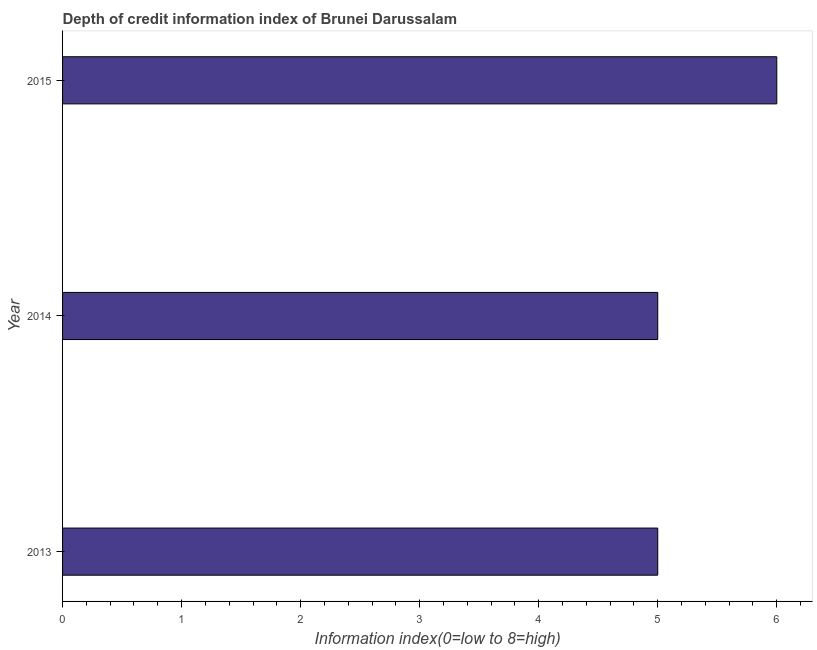
| Year | Depth of credit information index |
 | --- | --- |
 | 2013 | 5 |
 | 2014 | 5 |
 | 2015 | 6 |